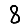
Digit: 8